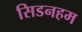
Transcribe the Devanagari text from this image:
सिडनहम